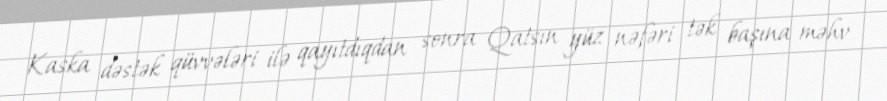
Kaska dəstək qüvvələri ilə qayıtdıqdan sonra Qatsın yüz nəfəri tək başına məhv